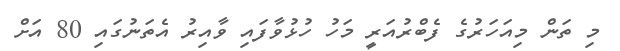
މި ތަން މިއަހަރުގެ ފެބްރުއަރީ މަހު ހުޅުވާފައި ވާއިރު އެތަނުގައި 80 އަށް